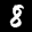
Label: 8